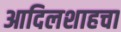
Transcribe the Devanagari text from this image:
आदिलशाहचा